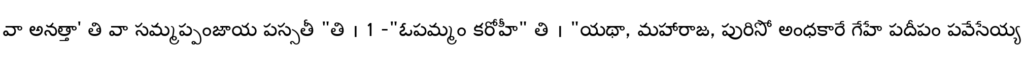
వా అనత్తా' తి వా సమ్మప్పంజాయ పస్సతీ "తి । 1 -"ఓపమ్మం కరోహీ" తి । "యథా, మహారాజ, పురిసో అంధకారే గేహే పదీపం పవేసేయ్య